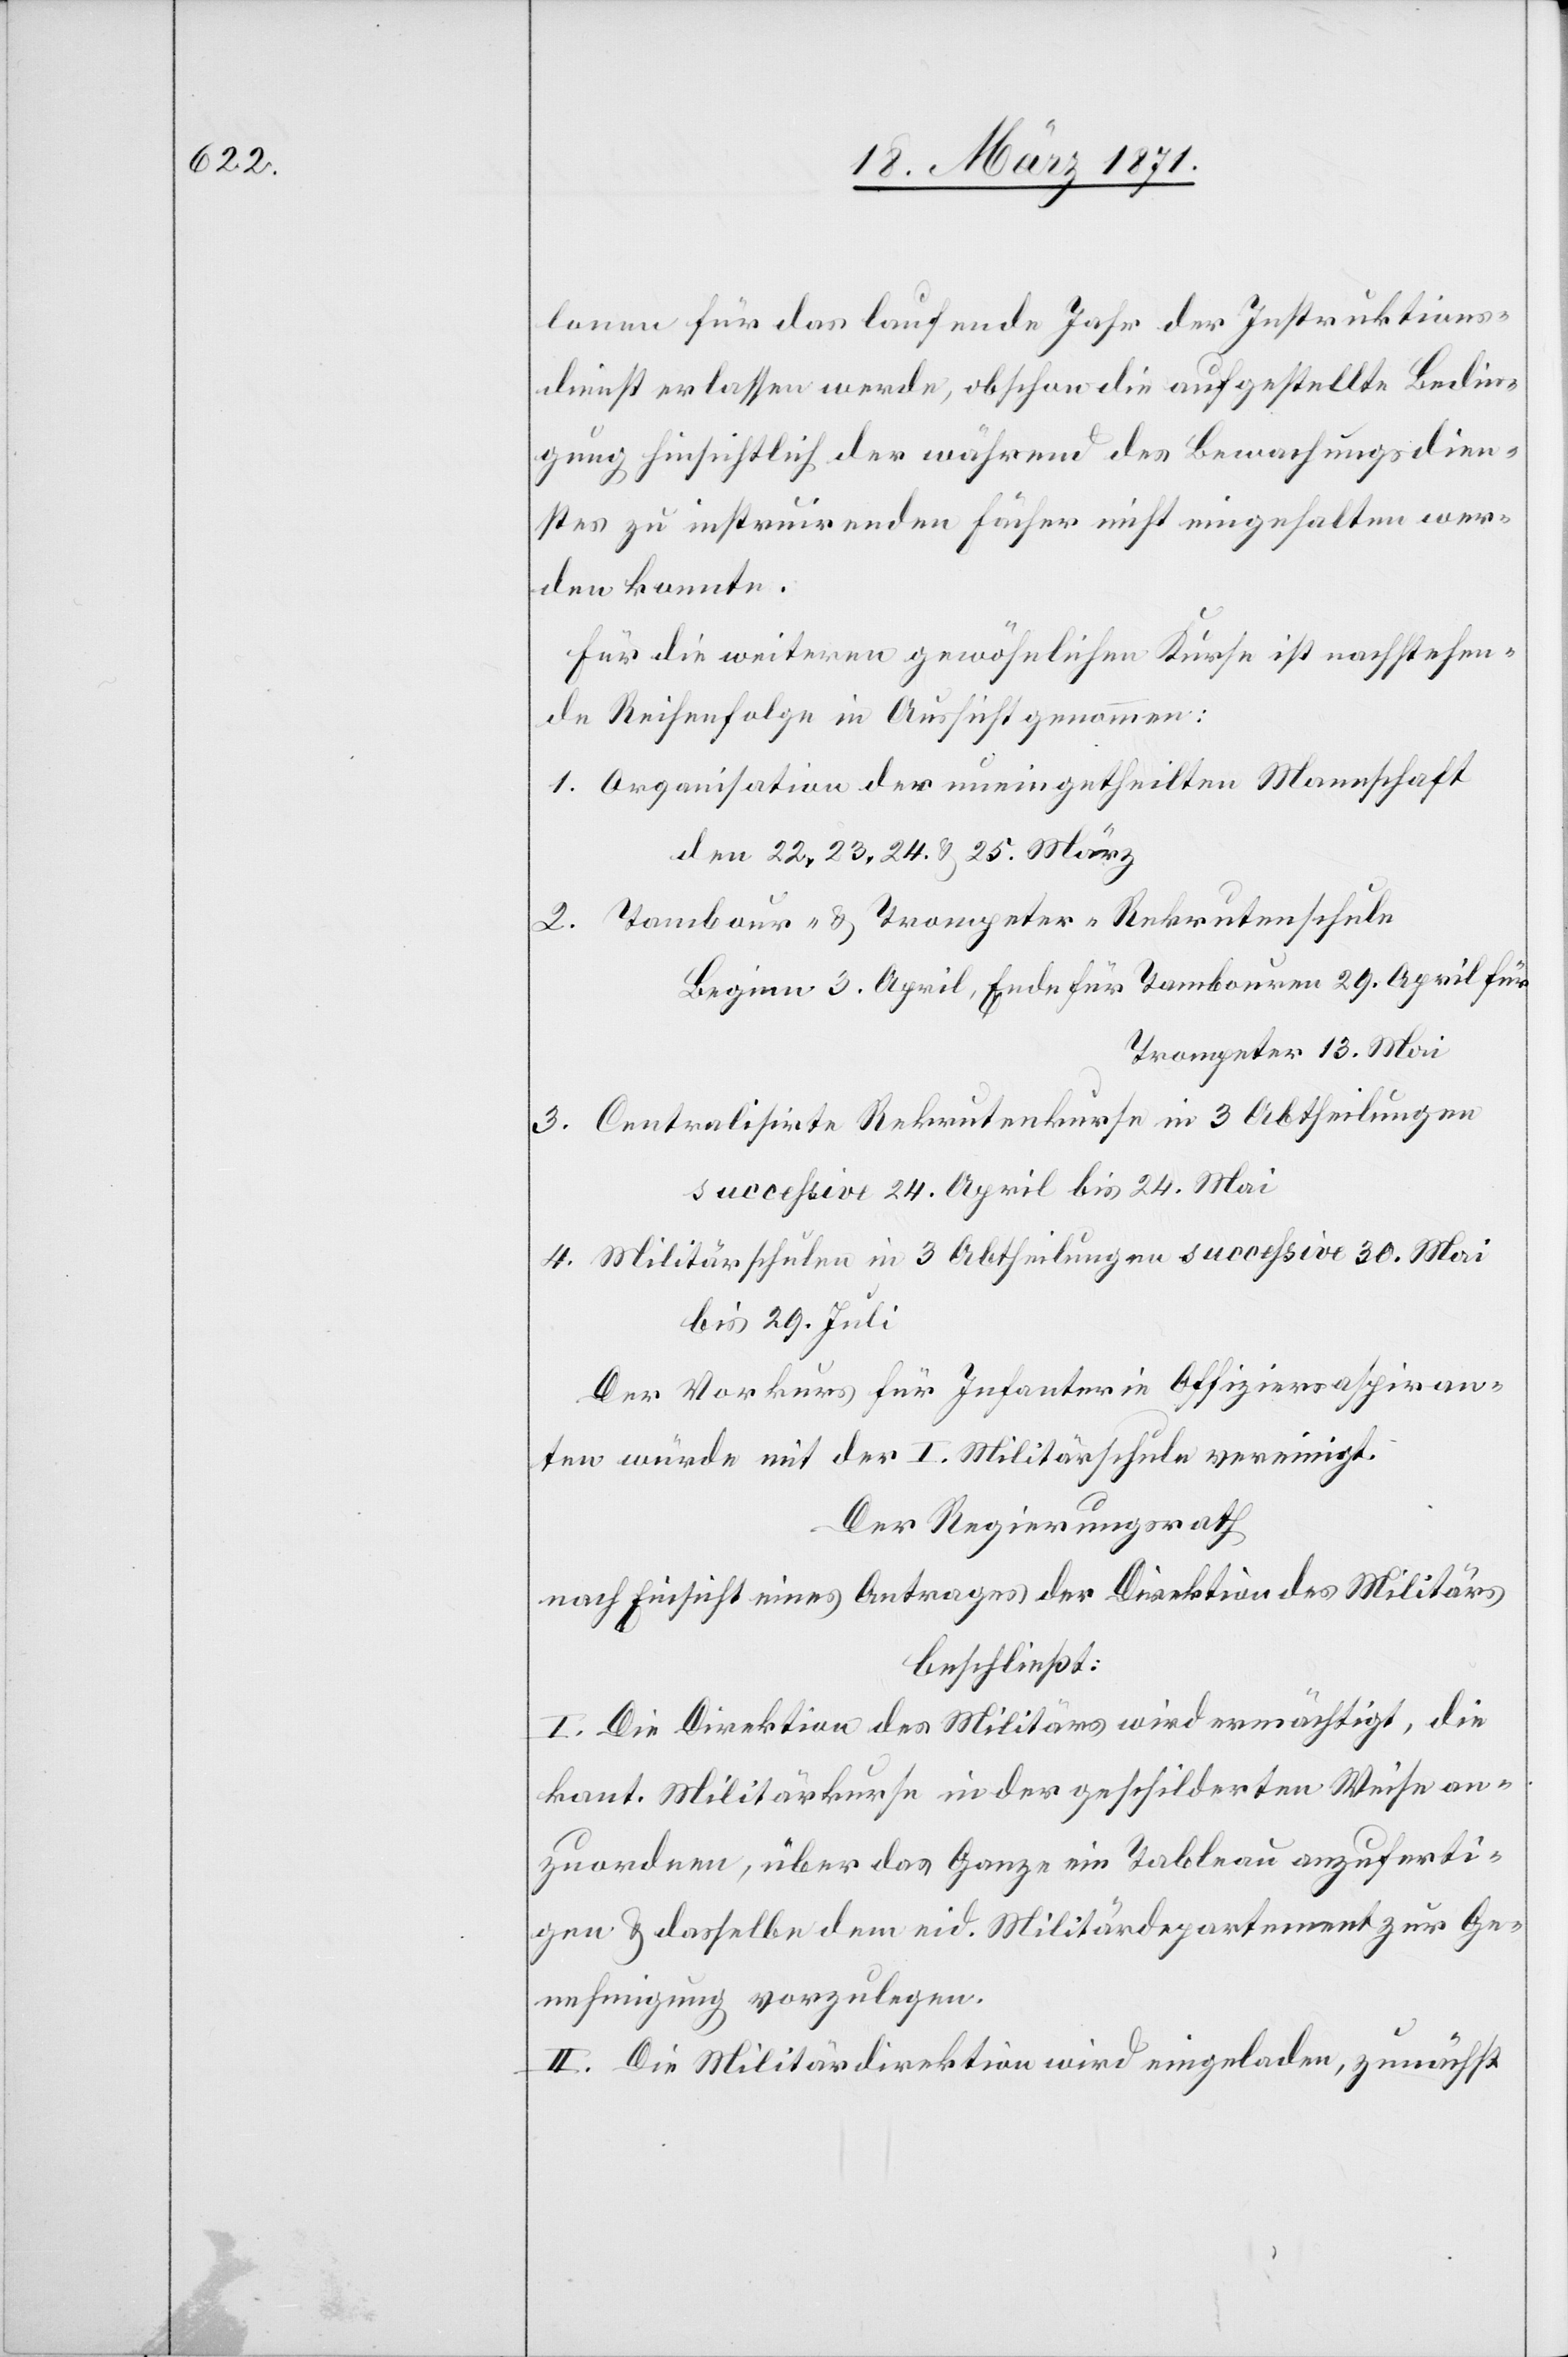
lonen für das laufende Jahr der Instruktions¬
dienst erlassen werde, obschon die aufgestellte Bedin¬
gung hinsichtlich der während des Bewachungsdien¬
stes zu instruirenden Fächer nicht eingehalten wer¬
den konnte.
Für die weiteren gewöhnlichen Kurse ist nachstehen¬
de Reihenfolge in Aussicht genommen:
Organisation der uneingetheilten Mannschaft
den 22., 23., 24. u. 25. März
Tambour- u. Trompeter-Rekrutenschule
Beginn 3. April, Ende für Tambouren 29. April für
Trompeter 13. Mai
Centralisirte Rekrutenkurse in 3 Abtheilungen
successive 24. April bis 24. Mai
Militärschulen in 3 Abtheilungen succeßive 30. Mai
bis 29. Juli
Der Vorkurs für Infanterie Offiziersaspiran¬
ten würde mit der I. Militärschule vereinigt.
Der Regierungsrath
nach Einsicht eines Antrages der Direktion des Militärs
beschließt:
I. Die Direktion des Militärs wird ermächtigt, die
kant. Militärkurse in der geschilderten Weise an¬
zuordnen, über das Ganze ein Tableau anzuferti¬
gen u. dasselbe dem eid. Militärdepartement zur Ge¬
nehmigung vorzulegen.
II. Die Militärdirektion wird eingeladen, zunächst